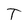
Character: T